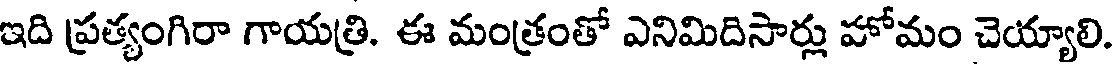
ఇది ప్రత్యంగిరా గాయత్రి. ఈ మంత్రంతో ఎనిమిదిసార్లు హోమం చెయ్యాలి.